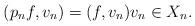
LaTeX: \begin{align*}(p_n f, v_n) = (f, v_n) v_n \in X_n.\end{align*}